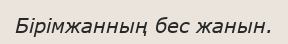
Бірімжанның бес жанын.